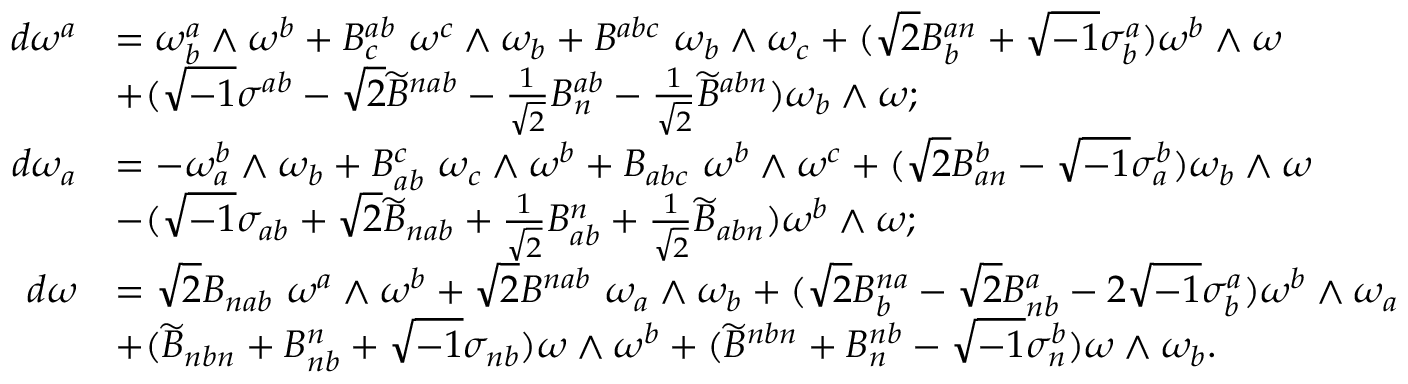
\begin{array} { r l } { d \omega ^ { a } } & { = \omega _ { b } ^ { a } \wedge \omega ^ { b } + B _ { c } ^ { a b } \ \omega ^ { c } \wedge \omega _ { b } + B ^ { a b c } \ \omega _ { b } \wedge \omega _ { c } + ( \sqrt { 2 } B _ { b } ^ { a n } + \sqrt { - 1 } \sigma _ { b } ^ { a } ) \omega ^ { b } \wedge \omega } \\ & { + ( \sqrt { - 1 } \sigma ^ { a b } - \sqrt { 2 } \widetilde { B } ^ { n a b } - \frac { 1 } { \sqrt { 2 } } B _ { n } ^ { a b } - \frac { 1 } { \sqrt { 2 } } \widetilde { B } ^ { a b n } ) \omega _ { b } \wedge \omega ; } \\ { d \omega _ { a } } & { = - \omega _ { a } ^ { b } \wedge \omega _ { b } + B _ { a b } ^ { c } \ \omega _ { c } \wedge \omega ^ { b } + B _ { a b c } \ \omega ^ { b } \wedge \omega ^ { c } + ( \sqrt { 2 } B _ { a n } ^ { b } - \sqrt { - 1 } \sigma _ { a } ^ { b } ) \omega _ { b } \wedge \omega } \\ & { - ( \sqrt { - 1 } \sigma _ { a b } + \sqrt { 2 } \widetilde { B } _ { n a b } + \frac { 1 } { \sqrt { 2 } } B _ { a b } ^ { n } + \frac { 1 } { \sqrt { 2 } } \widetilde { B } _ { a b n } ) \omega ^ { b } \wedge \omega ; } \\ { d \omega } & { = \sqrt { 2 } B _ { n a b } \ \omega ^ { a } \wedge \omega ^ { b } + \sqrt { 2 } B ^ { n a b } \ \omega _ { a } \wedge \omega _ { b } + ( \sqrt { 2 } B _ { b } ^ { n a } - \sqrt { 2 } B _ { n b } ^ { a } - 2 \sqrt { - 1 } \sigma _ { b } ^ { a } ) \omega ^ { b } \wedge \omega _ { a } } \\ & { + ( \widetilde { B } _ { n b n } + B _ { n b } ^ { n } + \sqrt { - 1 } \sigma _ { n b } ) \omega \wedge \omega ^ { b } + ( \widetilde { B } ^ { n b n } + B _ { n } ^ { n b } - \sqrt { - 1 } \sigma _ { n } ^ { b } ) \omega \wedge \omega _ { b } . } \end{array}